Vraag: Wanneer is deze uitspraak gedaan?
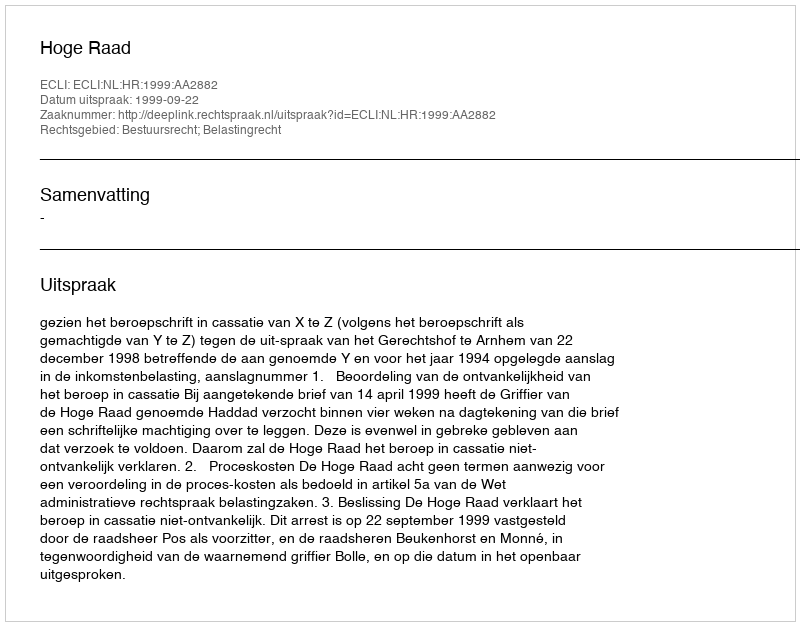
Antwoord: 1999-09-22